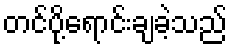
တင်ပို့ရောင်းချခဲ့သည်